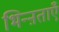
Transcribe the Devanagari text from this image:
भिन्ऩताएँ